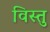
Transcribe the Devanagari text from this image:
विस्तु